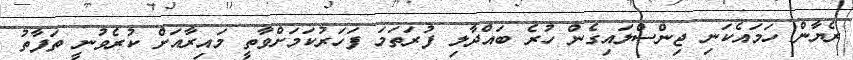
ރެޔާން ހަމައެކަނި ޖިންސްލައިގެން ހުރެ ބައްދާލި ފުރަތަމަ ފަހަރުކަމަށްވާތީ މައިރާއަށް ކުރެވުނީ ތަފާތު